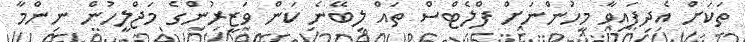
ތަކަށް އެދިފައިވާ މީހުންނަށް ފްލެޓްސް ތައް ލިބޭނެ ކަން ވަޒީރުންގެ މަޖްލީހުން ނިންމާ